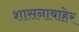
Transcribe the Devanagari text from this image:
शासनाबाहेर